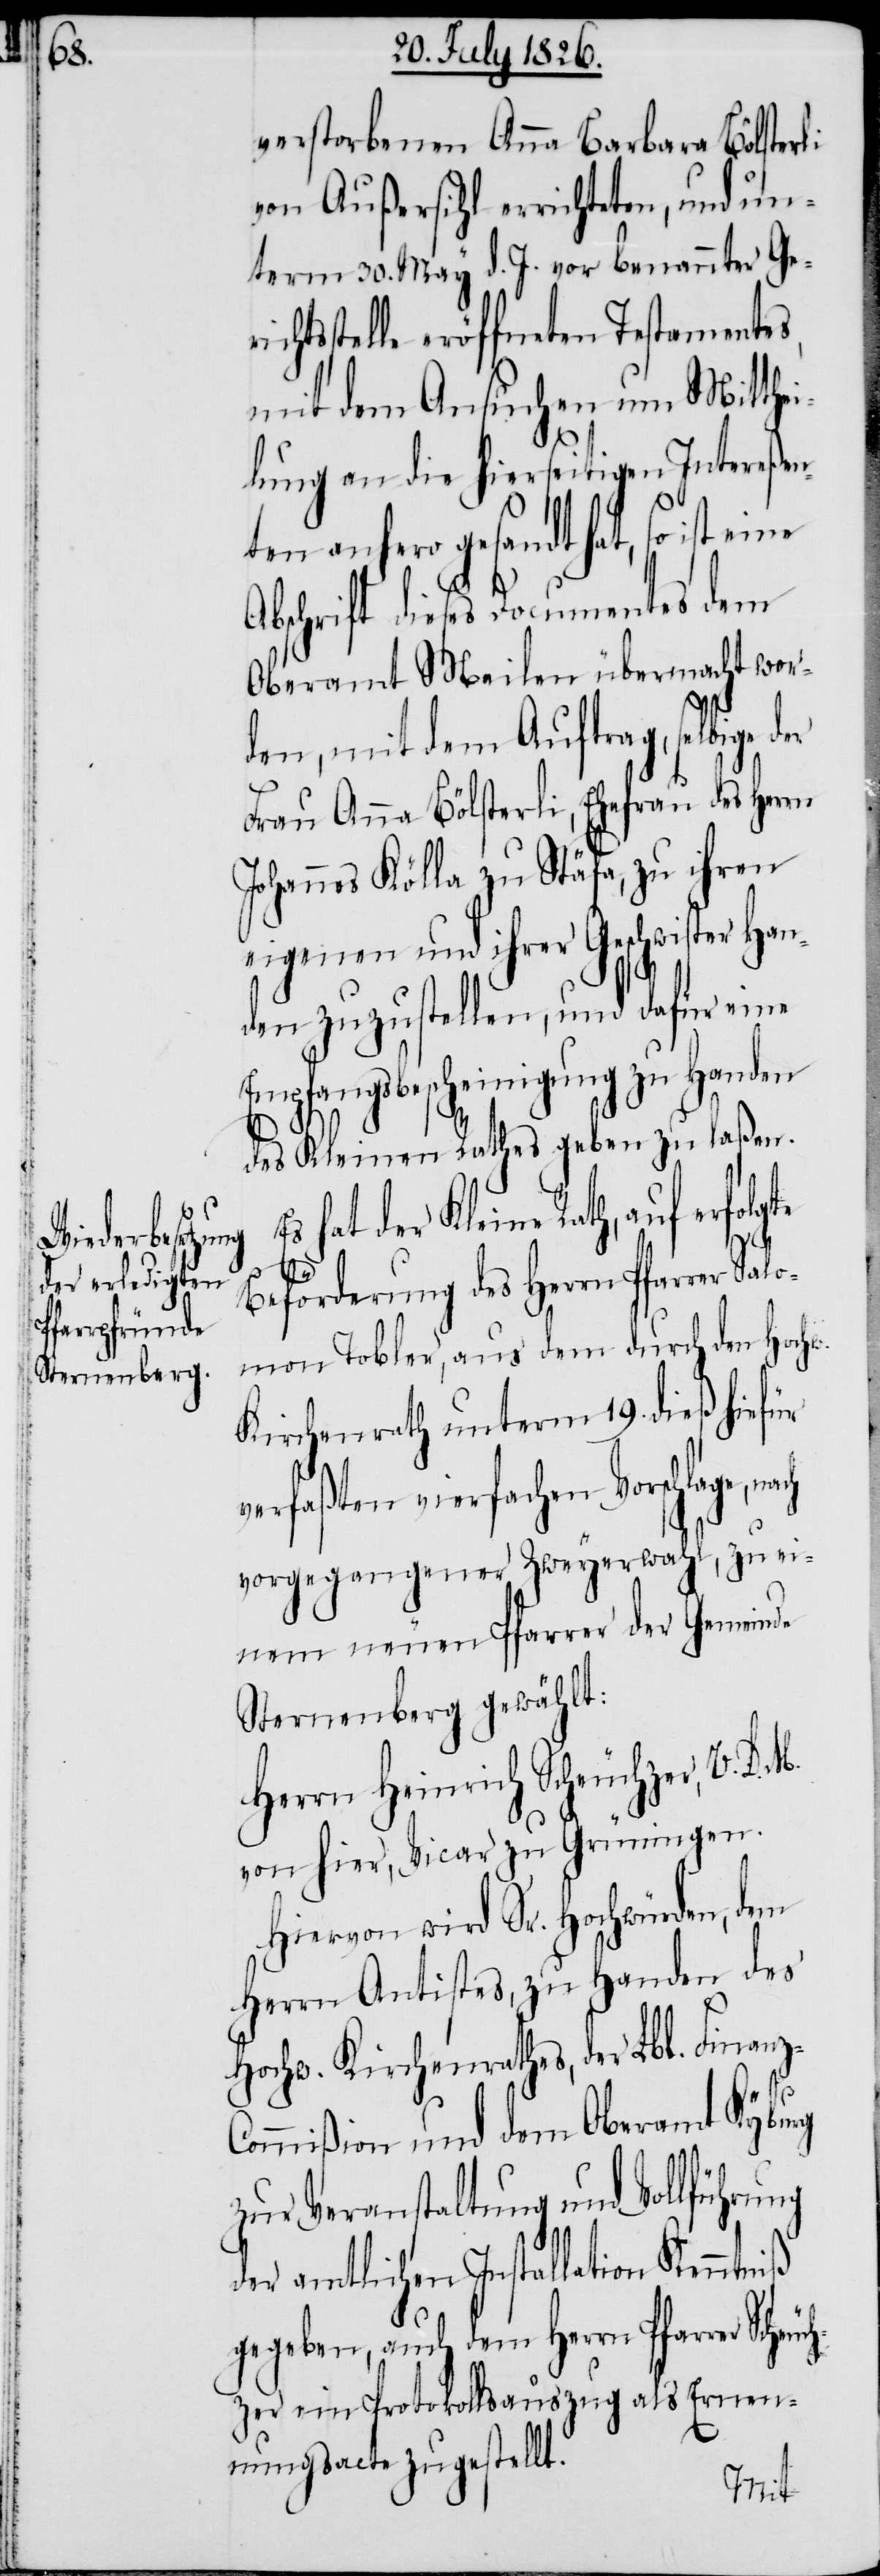
z-C¬

verstorbenen Anna Barbara Bölsterli
von Außersihl errichteten, und un¬
term 30. May d. J. vor benannter Geri¬
chtsstelle eröffneten Testamentes,
mit dem Ansuchen um Mitthe¬
ilung an die hierseitigen Intereßen¬
ten anhero gesandt hat, so ist
Abschrift dieses Documentes dem
Oberamt Meilen übermacht wor¬
den, mit dem Auftrag, selbige
Frau Anna Bölsterli, Ehefrau des Herrn
Johannes Kölla zu Stäfa, zu ihren
eigenen und ihrer Geschwister Han¬
den zuzustellen, und dafür eine
Empfangsbescheinigung zu Handen
des Kleinen Rathes geben zu laßen.
hat der Kleine Rath, auf erfol¬
iß
Beförderung des Herrn Pfarrer Salo¬
mon Tobler, aus dem durch den Hochw.
Kirchenrath unterm 19. dieß hiefür
verfaßten vierfachen Vorschlage,
vorgegangener Zweyerwahl, zu ei¬
nem neuen Pfarrer der Gemeinde
Sternenberg gewählt:
Herrn Heinrich Scheuchzer, V. D.
von hier, Vicar zu Grüningen.
Hiervon wird Sr. Hochwürden, dem
Herrn Antistes, zu Handen des
Hochw. Kirchenrathes, der Lbl. Finan¬
ommißion und dem Oberamt Kyburg
zur Veranstaltung und Vollführung
der amtlichen Installation Kenntn¬
gegeben, auch dem Herrn Pfarrer Scheu¬
chzer ein Protokollsauszug als Ernen¬
nungsacte zugestellt.
gte